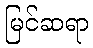
မြင်ဆရာ